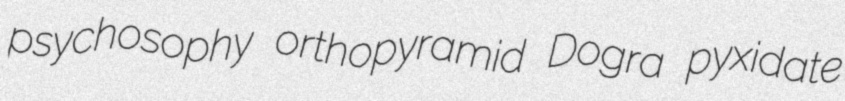
psychosophy orthopyramid Dogra pyxidate